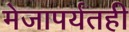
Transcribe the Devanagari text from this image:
मेजापर्यंतही